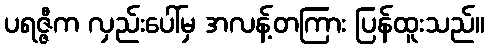
ပရဇ္ဇီက လှည်းပေါ်မှ အလန့်တကြား ပြန်ထူးသည်။